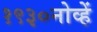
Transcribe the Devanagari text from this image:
१९३०नोव्हें